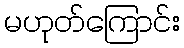
မဟုတ်ကြောင်း